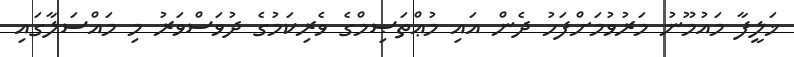
ޚަލީފާ މައުމޫނު މަރުވުމަށްފަހު ދެން އައި މުޢްތަޞިމްގެ ވެރިކަމުގެ ދުވަސްވަރު މި މައްސަލާގައި